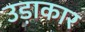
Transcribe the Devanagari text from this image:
उड़ाकार